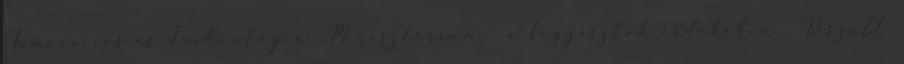
"Innovációs és Technológiai Minisztérium - a fogyasztók érdekében." "Készült